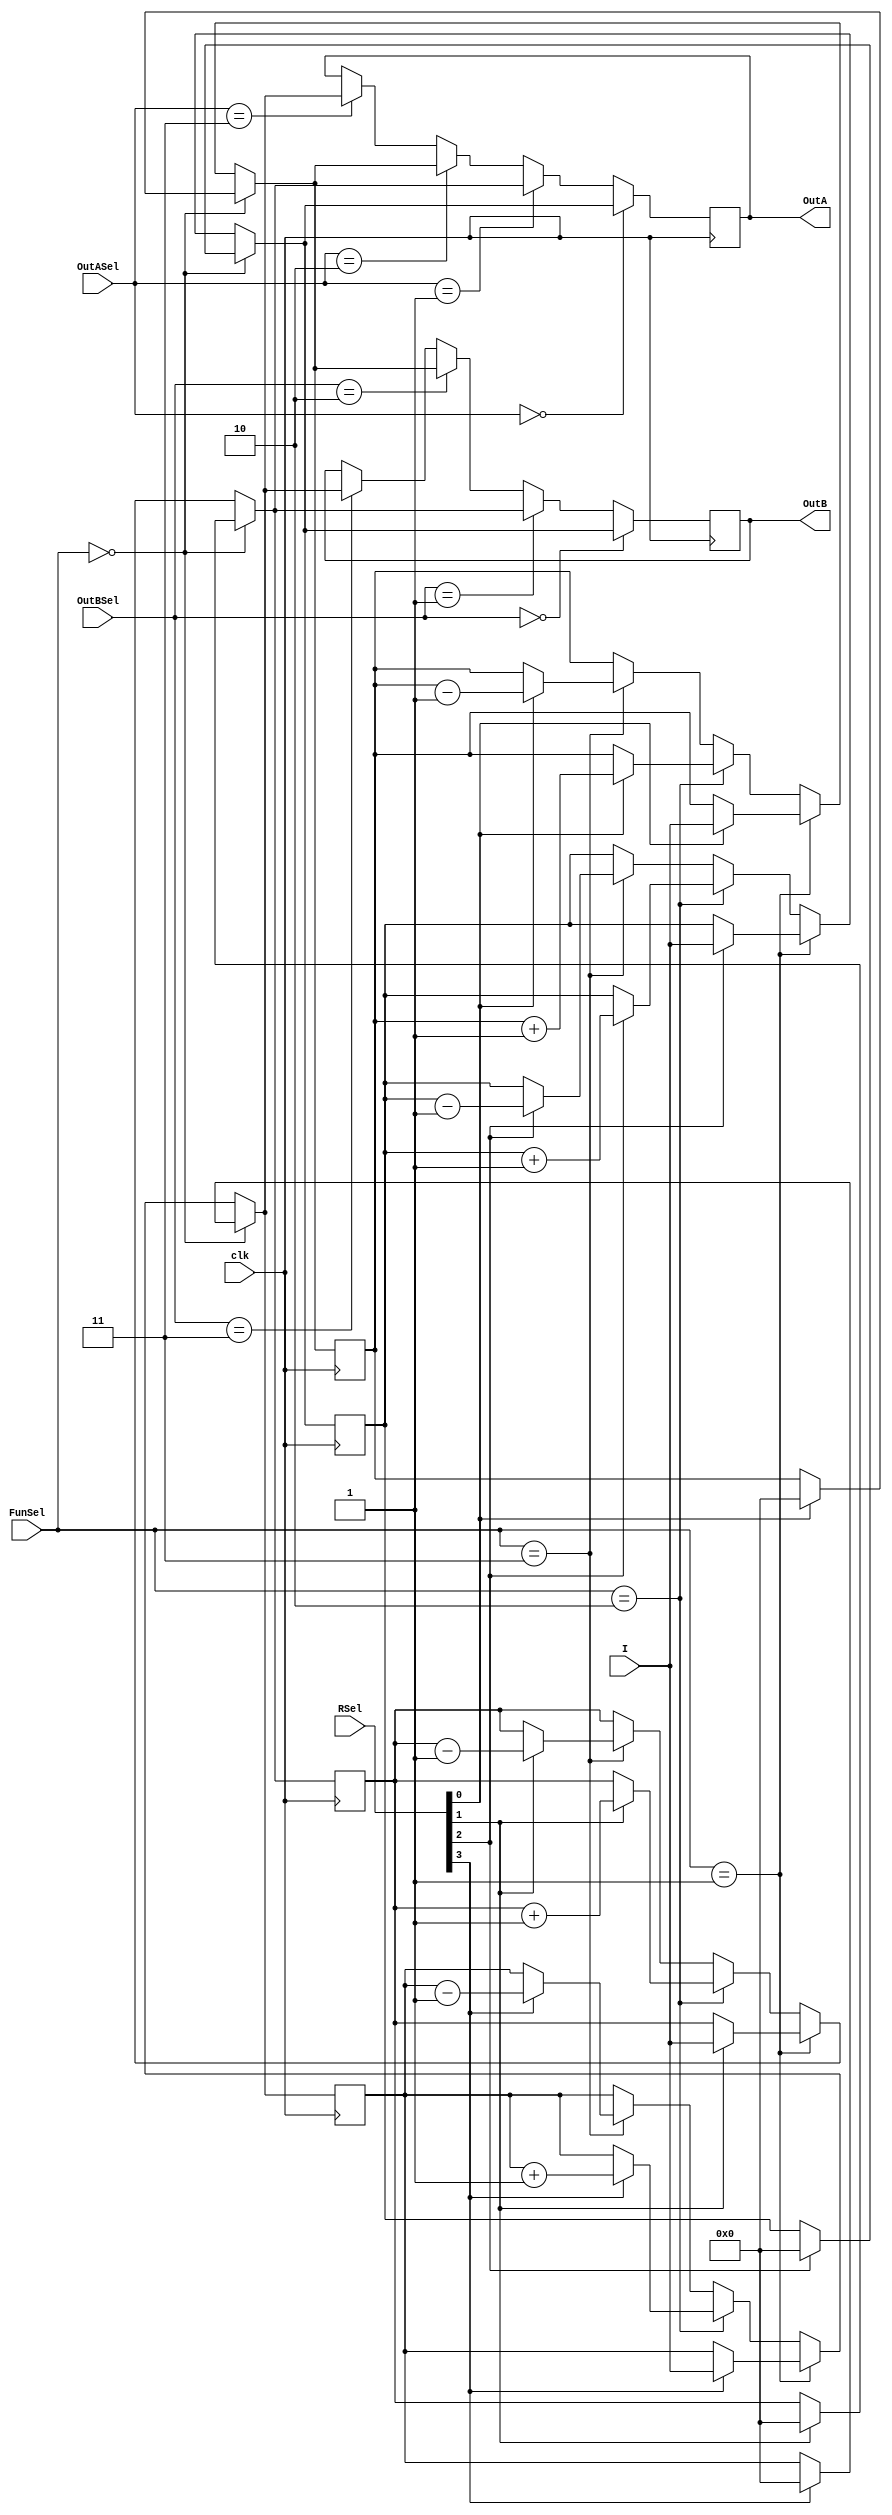

//Address Register File
module part2c_ARF(
    input clk,
    input [7:0] I,
    input [1:0] OutASel,
    input [1:0] OutBSel,
    input [1:0] FunSel,
    input [3:0] RSel,
    output reg [7:0] OutA,
    output reg [7:0] OutB
);

reg [7:0] PC;
reg [7:0] AR;
reg [7:0] SP;
reg [7:0] PCPast;


always @ (posedge clk) begin

    if(FunSel == 2'b00)
    begin
        if(RSel[3] == 1) 
            PC = 8'b00000000;
        if(RSel[2] == 1) 
            AR = 8'b00000000;
        if(RSel[1] == 1) 
            SP = 8'b00000000;
        if(RSel[0] == 1) 
            PCPast = 8'b00000000;
    end
    else if(FunSel == 2'b01)
    begin
        if(RSel[3] == 1) 
            PC = I;
        if(RSel[2] == 1) 
            AR = I;
        if(RSel[1] == 1) 
            SP = I;
        if(RSel[0] == 1)
            PCPast = I;
    end
    else if(FunSel == 2'b10)
    begin
        if(RSel[3] == 1) 
            PC = PC + 1;
        if(RSel[2] == 1) 
            AR = AR + 1;
        if(RSel[1] == 1) 
            SP = SP + 1;
        if(RSel[0] == 1)
            PCPast = PCPast + 1;
    end
    else if(FunSel == 2'b11)
    begin
        if(RSel[3] == 1) 
            PC = PC - 1;
        if(RSel[2] == 1) 
            AR = AR - 1;
        if(RSel[1] == 1) 
            SP = SP - 1;
        if(RSel[0] == 1)
            PCPast = PCPast - 1;
    end


    if(OutASel == 2'b00) OutA = AR;
    else if(OutASel == 2'b01) OutA = SP;
    else if(OutASel == 2'b10) OutA = PCPast;
    else if(OutASel == 2'b11) OutA = PC;

    if(OutBSel == 2'b00) OutB = AR;
    else if(OutBSel == 2'b01) OutB = SP;
    else if(OutBSel == 2'b10) OutB = PCPast;
    else if(OutBSel == 2'b11) OutB = PC;

end

endmodule